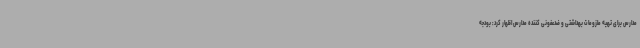
مدارس برای تهیه ملزومات بهداشتی و ضدعفونی کننده مدارس اظهار کرد: بودجه